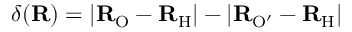
\delta ( \mathbf { R } ) = | \mathbf { R } _ { \mathrm { O } } - \mathbf { R } _ { \mathrm { H } } | - | \mathbf { R } _ { \mathrm { O ^ { \prime } } } - \mathbf { R } _ { \mathrm { H } } |